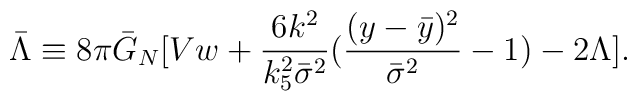
\bar\Lambda\equiv 8\pi\bar G_N[V w+\frac{6k^2}{k_5^2\bar\sigma^2}(\frac{(y-\bar y)^2}{\bar\sigma^2}-1)-2\Lambda].